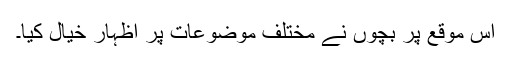
اس موقع پر بچوں نے مختلف موضوعات پر اظہارِ خیال کیا۔